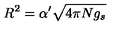
R ^ { 2 } = \alpha ^ { \prime } \sqrt { 4 \pi N g _ { s } } \